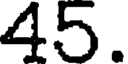
45.